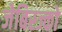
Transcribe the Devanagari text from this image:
जेबिस्ज्को